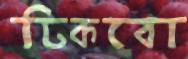
ঢিকবো